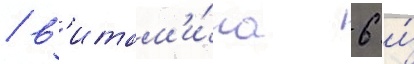
/ в'итам'и́на 6 и́